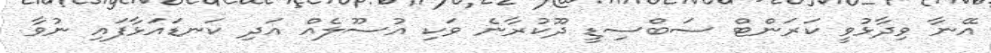
އޭނާ ވިދާޅުވީ ކަރަންޓް ސަބްސިޑީ ދޫކުރާނެ ވަކި އުސޫލެއް އަދި ކަނޑައަޅާފައި ނުވާ